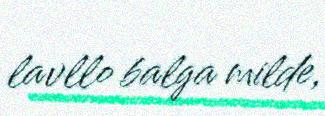
lavllo balga milde,